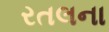
રતલના